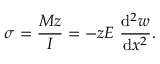
\sigma = { \frac { M z } { I } } = - z E ~ { \frac { \mathrm { d } ^ { 2 } w } { \mathrm { d } x ^ { 2 } } } .